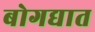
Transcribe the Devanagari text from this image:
बोगद्यात